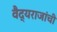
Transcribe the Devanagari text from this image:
वैद्यराजांची